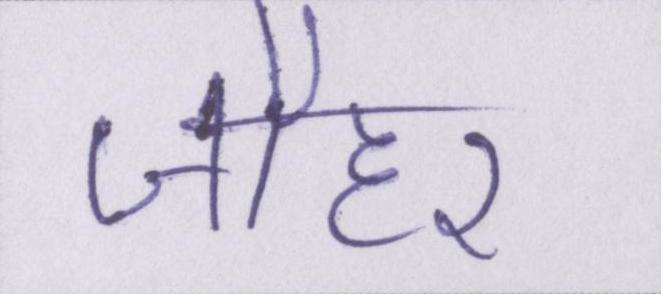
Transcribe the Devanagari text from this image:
जौहर